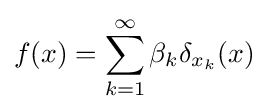
f(x)=\sum _{k=1}^{\infty }\beta _{k}\delta _{x_{k}}(x)